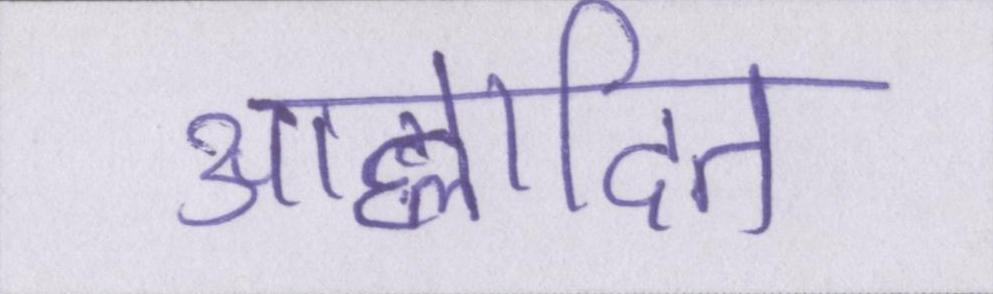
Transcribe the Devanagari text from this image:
आह्लादित